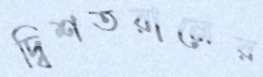
দ্বিশতরানের